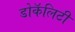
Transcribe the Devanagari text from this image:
डोकॅलिटी